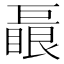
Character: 𱜛